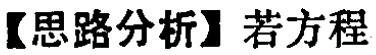
【思路分析】若方程